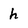
Character: h